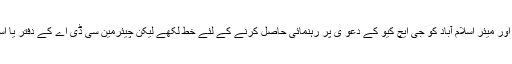
ہوٹل انتظامیہ نے 8 جولائی 2019 اور 31 جولائی 2019 کو چیئرمین سی ڈی اے اور میئر اسلام آباد کو جی ایچ کیو کے دعو یٰ پر رہنمائی حاصل کرنے کے لئے خط لکھے لیکن چیئرمین سی ڈی اے کے دفتر یا اسلام آباد کے میئر نے اس پر کوئی جواب نہیں دیا اور مکمل خاموشی کو ہی بہتر جانا۔